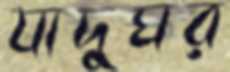
যাদুঘর